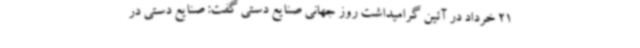
21 خرداد در آئین گرامیداشت روز جهانی صنایع دستی گفت: صنایع دستی در